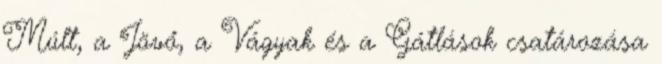
Múlt, a Jövő, a Vágyak és a Gátlások csatározása